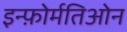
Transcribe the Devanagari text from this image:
इन्फ़ोर्मतिओन